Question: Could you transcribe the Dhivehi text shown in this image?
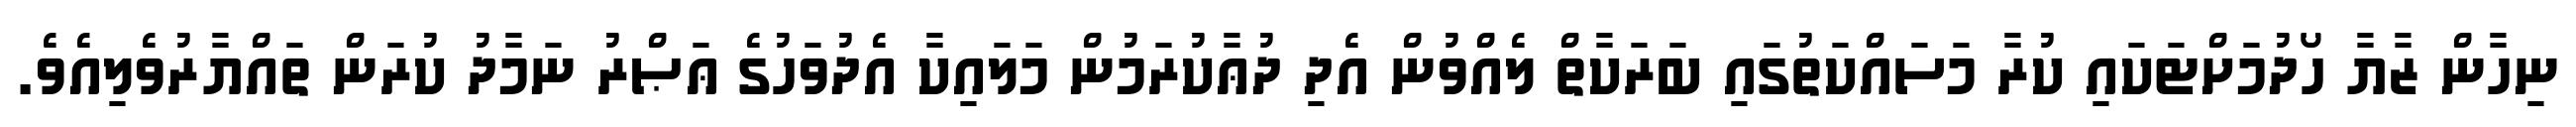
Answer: ނިހާން ޒާޔާ ހޯދުމަށްޓަކައި ކުރާ މަސައްކަތުގައި ބަރަކާތް ލެއްވުން އެދި ދުޢާކުރަމުން މަލައިކާ އެދުވަހުގެ ޢަޞްރު ނަމާދު ކުރަން ތައްޔާރުވެލިއެވެ.